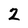
Character: 2